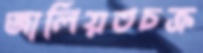
জালিয়তচক্র